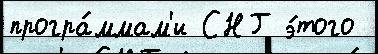
програ́ммам'и СНГ э́того